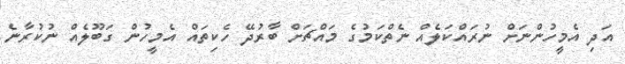
އަދި އެމީހުންނަށް ނުރައްކަލެއް ނެތްކަމުގެ މައްޗަށް ބާރުދޭ ހެކިތައް އެމީހުން ގަބޫލެއް ނުކުރާނެ